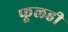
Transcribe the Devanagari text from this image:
फूलही